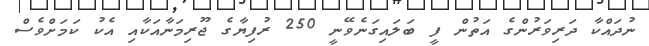
ނުދައްކާ ދަރިވަރުންގެ އަތުން ފީ ބަލައިގަނެވޭނީ 250 ރުފިޔާގެ ޖޫރިމަނާއަކާއި އެކު ކަމަށްވެސް